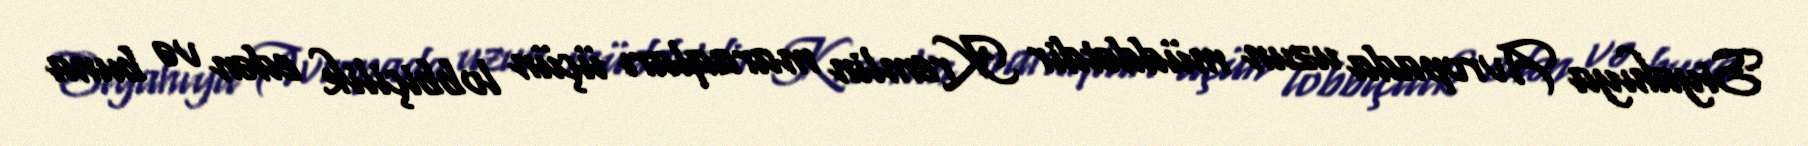
Siyahıya Avropada uzun müddətdir Kremlin maraqları üçün lobbiçilik edən və buna